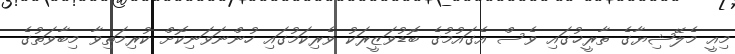
މިއީ މެލޭޝިޔާގެ ތާރީޚުގައި ވެސް އެގައުމުގެ ބޮޑުވަޒީރަކު ވެރިކަމުގައި ހުންނަވަނިކޮށް ކުރިމަތިވާ މިބާވަތުގެ